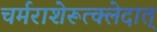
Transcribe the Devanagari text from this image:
चर्मराशेरूत्क्लेदात्